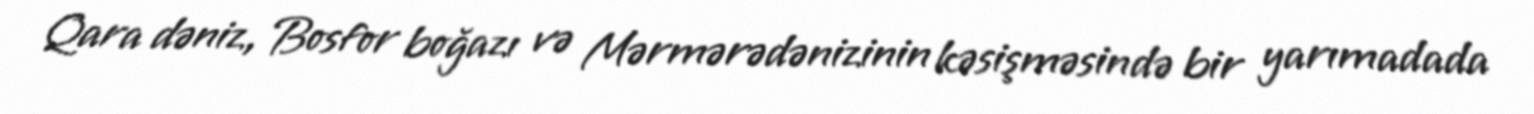
Qara dəniz, Bosfor boğazı və Mərmərədənizinin kəsişməsində bir yarımadada